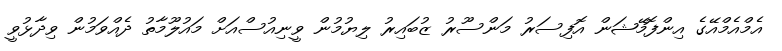
އެމްއެމްއޭގެ އިންފޮމޭޝަން އޮފިސަރު މަންސޫރު ޒުބައިރު ލިޔުމުން ވީނިއުސްއަށް މައުލޫމާތު ދެއްވަމުން ވިދާޅުވީ